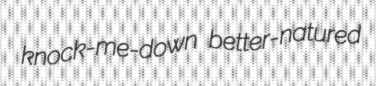
knock-me-down better-natured